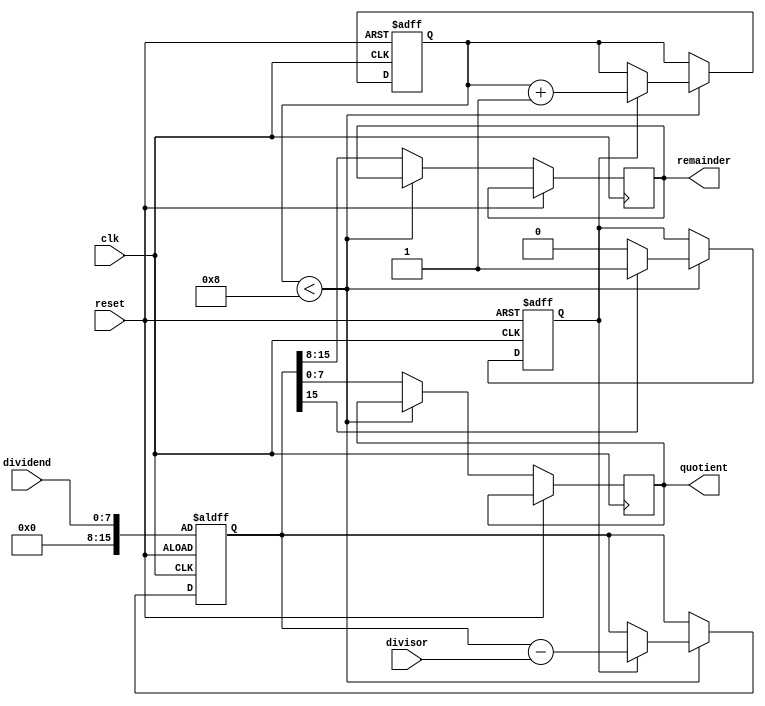
module non_restoring_divider (
  input wire clk,
  input wire reset,
  input wire [7:0] dividend,
  input wire [7:0] divisor,
  output reg [7:0] quotient,
  output reg [7:0] remainder
);

  reg [15:0] accumulator;
  reg [3:0] count;
  
  reg subtract_enable;
  reg carry, overflow;
  
  always @(posedge clk or posedge reset) begin
    if (reset) begin
      accumulator <= {8'h00, dividend};
      count <= 4'b0000;
      subtract_enable <= 1'b0;
      carry <= 1'b0;
      overflow <= 1'b0;
    end else begin
      if (count < 4'd8) begin
        if (subtract_enable) begin
          accumulator <= accumulator - {1'b0, divisor};
          count <= count + 1;
        end
        if (accumulator[15] == 1'b0) begin
          subtract_enable <= 1'b0;
        end else begin
          subtract_enable <= 1'b1;
        end
      end else begin
        quotient <= accumulator[7:0];
        remainder <= accumulator[15:8];
      end
    end
  end
  
endmodule